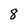
Character: 8